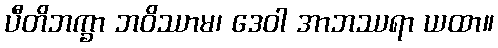
ပီတိဘက္ခာ ဘဝိဿာမ၊ ဒေဝါ အာဘဿရာ ယထာ။